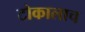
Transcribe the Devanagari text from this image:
टोकालाच